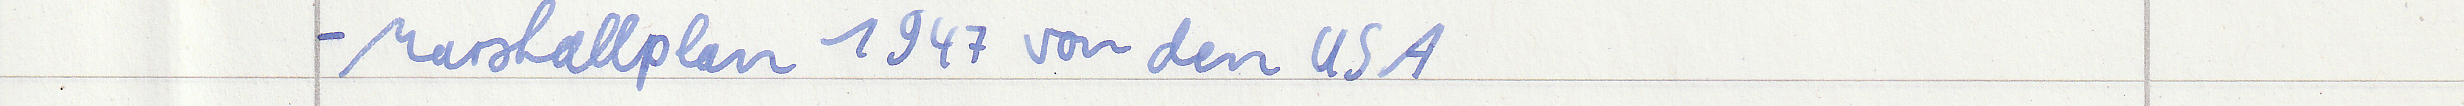
- Marshallplan 1947 von den USA